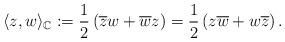
LaTeX: \begin{align*}\langle z , w \rangle_{\mathbb C}:= \frac{1}{2}\left( \overline z w + \overline w z \right)=\frac{1}{2}\left( z \overline w + w \overline z \right).\end{align*}